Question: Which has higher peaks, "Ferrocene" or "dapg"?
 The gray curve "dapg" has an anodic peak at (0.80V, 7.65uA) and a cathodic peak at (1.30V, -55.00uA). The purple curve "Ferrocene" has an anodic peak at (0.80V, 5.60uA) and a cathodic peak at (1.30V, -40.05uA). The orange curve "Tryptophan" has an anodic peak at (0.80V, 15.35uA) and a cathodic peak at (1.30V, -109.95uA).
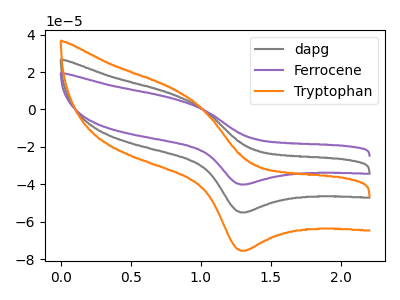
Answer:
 <answer>Every peak in "Ferrocene" is lower than every peak in "dapg".</answer>
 <eval>lower</eval>